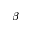
\beta